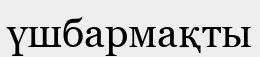
үшбармақты